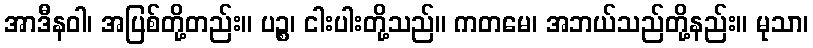
အာဒီနဝါ၊ အပြစ်တို့တည်း။ ပဉ္စ၊ ငါးပါးတို့သည်။ ကတမေ၊ အဘယ်သည်တို့နည်း။ မုသာ၊